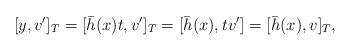
LaTeX: \begin{align*}[y, v']_T = [\bar{h}(x) t, v']_T = [\bar{h}(x), tv'] = [\bar{h}(x), v]_T,\end{align*}